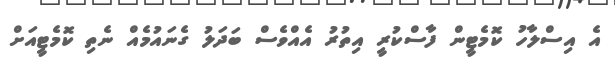
އެ އިސްލާހު ކޮމެޓީން ފާސްކުރީ އިތުރު އެއްވެސް ބަދަލު ގެނައުމެއް ނެތި ކޮމެޓީއަށް